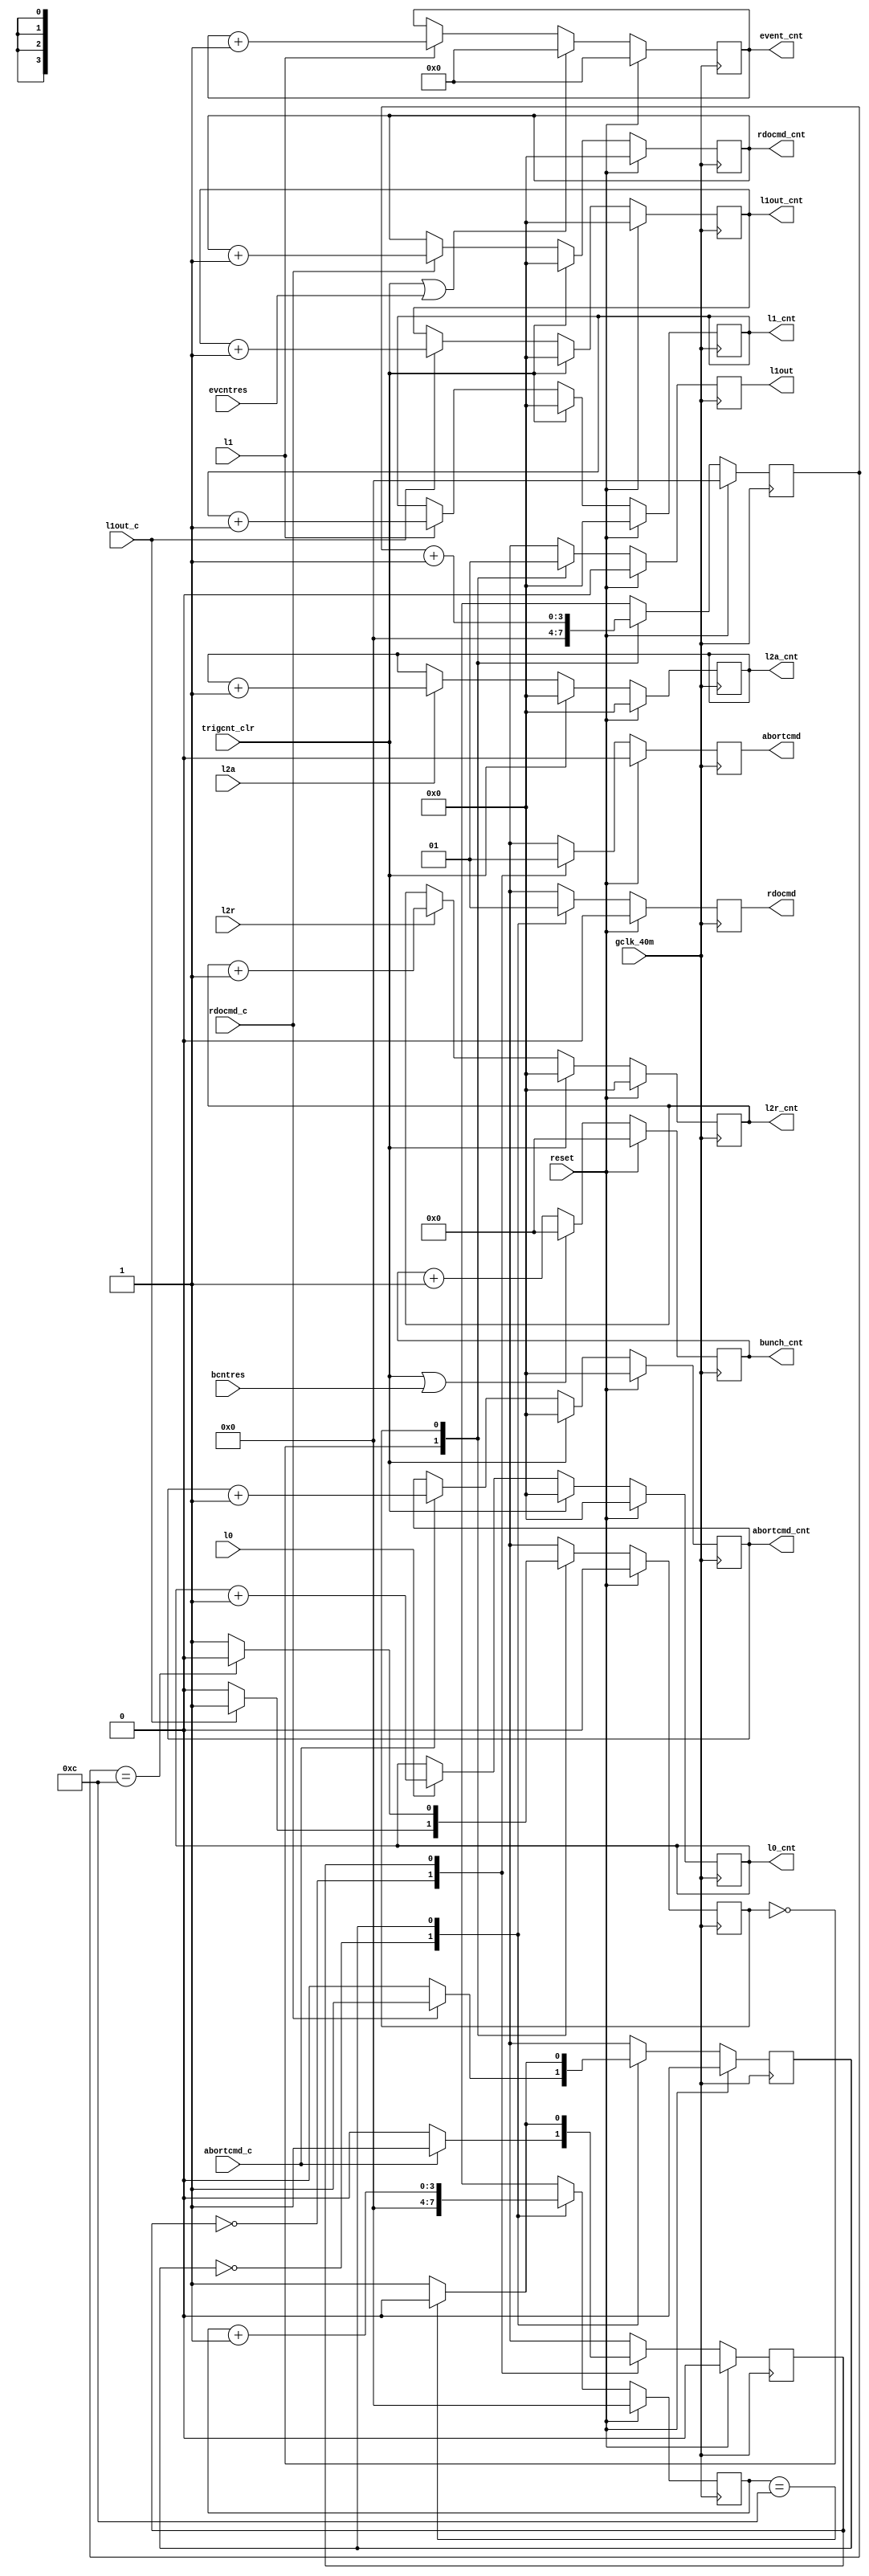

// EMCal SRU
// Equivalent SRU = SRUV3FM20150701601_PHOS
// Fan Zhang. 16 July 2015

`timescale 1ns / 1ps

module trig_cnt (
input gclk_40m,
input l0,
input l1,
input l2a,
input l2r,

input l1out_c,
input rdocmd_c,
input abortcmd_c,

input evcntres,
input bcntres,

input trigcnt_clr,

output reg l1out = 1'b0,
output reg rdocmd = 1'b0,
output reg abortcmd = 1'b0, //width: 12 clocks

output reg [31:0] l0_cnt = 32'h0,
output reg [31:0] l1_cnt = 32'h0,
output reg [31:0] l2a_cnt = 32'h0,
output reg [31:0] l2r_cnt = 32'h0,

output reg [31:0] l1out_cnt = 32'h0,
output reg [31:0] rdocmd_cnt = 32'h0,
output reg [31:0] abortcmd_cnt = 32'h0,

output reg [11:0] bunch_cnt = 12'h0,
output reg [23:0] event_cnt = 24'h0,

input reset
);

parameter st0 = 0;
parameter st1 = 1;

reg sta = st0, stb = st0, stc = st0;
reg [3:0] clkcnta = 4'b0, clkcntb = 4'b0, clkcntc = 4'b0; 

	always @(posedge gclk_40m)
	if(reset)
	begin
	l1out <= 1'b0;
	clkcnta <= 4'd0;
	sta <= st0;
	end else case(sta)
	st0 : begin
	l1out <= 1'b0;
	clkcnta <= 4'd0;
	if(l1out_c)
	sta <= st1;
	else
	sta <= st0;
	end
	
	st1 : begin
	l1out <= 1'b1;
	clkcnta <= clkcnta + 4'd1;
	if(clkcnta == 4'd12)
	sta <= st0;
	else
	sta <= st1;
	end	
	
	default:	
	begin
	l1out <= 1'b0;
	clkcnta <= 4'd0;
	sta <= st0;
	end 
	endcase
	
//rdocmd
	always @(posedge gclk_40m)
	if(reset)
	begin
	rdocmd <= 1'b0;
	clkcntb <= 4'd0;
	stb <= st0;
	end else case(stb)
	st0 : begin
	rdocmd <= 1'b0;
	clkcntb <= 4'd0;
	if(rdocmd_c)
	stb <= st1;
	else
	stb <= st0;
	end
	
	st1 : begin
	rdocmd <= 1'b1;
	clkcntb <= clkcntb + 4'd1;
	if(clkcntb == 4'd12)
	stb <= st0;
	else
	stb <= st1;
	end	
	
	default:	
	begin
	rdocmd <= 1'b0;
	clkcntb <= 4'd0;
	stb <= st0;
	end 
	endcase	
	
//abortcmd
	always @(posedge gclk_40m)
	if(reset)
	begin
	abortcmd <= 1'b0;
	clkcntc <= 4'd0;
	stc <= st0;
	end else case(stc)
	st0 : begin
	abortcmd <= 1'b0;
	clkcntc <= 4'd0;
	if(abortcmd_c)
	stc <= st1;
	else
	stc <= st0;
	end
	
	st1 : begin
	abortcmd <= 1'b1;
	clkcntc <= clkcntc + 4'd1;
	if(clkcntb == 4'd12)
	stc <= st0;
	else
	stc <= st1;
	end	
	
	default:	
	begin
	abortcmd <= 1'b0;
	clkcntc <= 4'd0;
	stc <= st0;
	end 
	endcase	

//	l0_cnt
	always @(posedge gclk_40m)
	if(reset)
	l0_cnt <=  32'h0;
	else if(trigcnt_clr)
	l0_cnt <=  32'h0;
	else if(l0)
	l0_cnt <=  l0_cnt + 32'h1;
	else
	l0_cnt <=  l0_cnt;

	always @(posedge gclk_40m)
	if(reset)
	l1_cnt <=  32'h0;
	else if(trigcnt_clr)
	l1_cnt <=  32'h0;
	else if(l1)
	l1_cnt <=  l1_cnt + 32'h1;
	else
	l1_cnt <=  l1_cnt;
	
	always @(posedge gclk_40m)
	if(reset)
	l2a_cnt <=  32'h0;
	else if(trigcnt_clr)
	l2a_cnt <=  32'h0;
	else if(l2a)
	l2a_cnt <=  l2a_cnt + 32'h1;
	else
	l2a_cnt <=  l2a_cnt;

	always @(posedge gclk_40m)
	if(reset)
	l2r_cnt <=  32'h0;
	else if(trigcnt_clr)
	l2r_cnt <=  32'h0;
	else if(l2r)
	l2r_cnt <=  l2r_cnt + 32'h1;
	else
	l2r_cnt <=  l2r_cnt;	

	always @(posedge gclk_40m)
	if(reset)
	l1out_cnt <=  32'h0;
	else if(trigcnt_clr)
	l1out_cnt <=  32'h0;
	else if(l1out_c)
	l1out_cnt <=  l1out_cnt + 32'h1;
	else
	l1out_cnt <=  l1out_cnt;
	
	always @(posedge gclk_40m)
	if(reset)
	rdocmd_cnt <=  32'h0;
	else if(trigcnt_clr)
	rdocmd_cnt <=  32'h0;
	else if(rdocmd_c)
	rdocmd_cnt <=  rdocmd_cnt + 32'h1;
	else
	rdocmd_cnt <=  rdocmd_cnt;

	always @(posedge gclk_40m)
	if(reset)
	abortcmd_cnt <=  32'h0;
	else if(trigcnt_clr)
	abortcmd_cnt <=  32'h0;
	else if(abortcmd_c)
	abortcmd_cnt <=  abortcmd_cnt + 32'h1;
	else
	abortcmd_cnt <=  abortcmd_cnt;	
	
	always @(posedge gclk_40m)
	if(reset)
	bunch_cnt <=  12'h0;
	else if(trigcnt_clr||bcntres)
	bunch_cnt <=  12'h0;
	else
	bunch_cnt <=  bunch_cnt + 12'h1;
	
	always @(posedge gclk_40m)
	if(reset)
	event_cnt <=  24'h0;
	else if(trigcnt_clr||evcntres)
	event_cnt <=  24'h0;
	else if(l1)
	event_cnt <=  event_cnt + 24'h1;
	else
	event_cnt <=  event_cnt;	

endmodule